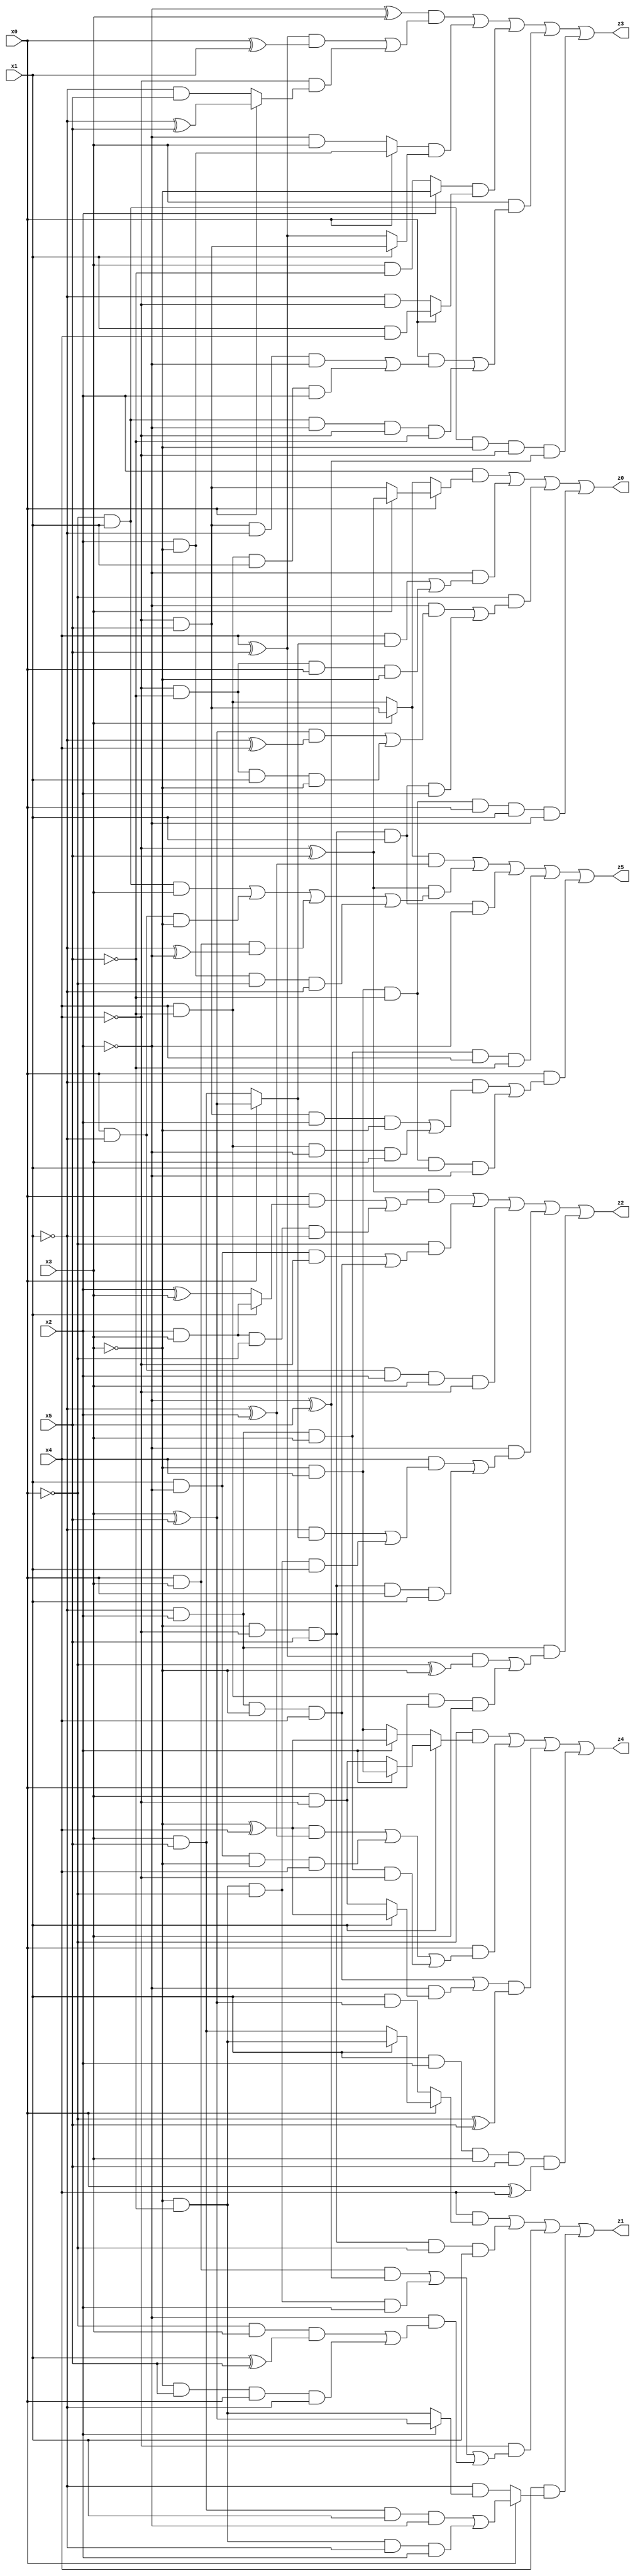
// Benchmark "X_7" written by ABC on Wed Jun 07 23:35:32 2023

module X_7 ( 
    x0, x1, x2, x3, x4, x5,
    z0, z1, z2, z3, z4, z5  );
  input  x0, x1, x2, x3, x4, x5;
  output z0, z1, z2, z3, z4, z5;
  assign z0 = (x2 & (x0 ? (x3 ? (~x4 ^ x5) : (~x4 & x5)) : (x3 ? (~x4 & x5) : (x4 & ~x5)))) | (~x2 & ((x4 & (x0 ? (x3 ^ x5) : (x3 & x5))) | (~x4 & ~x5 & x0 & ~x3))) | (~x0 & ((~x2 & (((x3 ^ x5) & (~x1 ^ x4)) | (~x4 & ~x5 & x1 & ~x3))) | (~x3 & ~x4 & x5 & x1 & x2))) | (~x3 & x4 & ~x5 & x0 & x1 & ~x2);
  assign z1 = (x4 & (x0 ? (x1 ? (~x3 & ~x5) : (x3 & x5)) : (x1 & (x3 ^ x5)))) | (~x3 & ~x4 & x5 & ~x0 & x1) | (~x4 & ((x0 & x3 & (~x2 ^ x5)) | (~x3 & ~x5 & ~x0 & x2) | (~x2 & ((~x0 & x3 & (x1 ^ x5)) | (~x3 & x5 & x0 & ~x1))))) | (x4 & (x0 ? ((x3 & x5 & x1 & ~x2) | (~x3 & ~x5 & ~x1 & x2)) : (~x1 & (x2 ? (x3 ^ x5) : (~x3 & ~x5)))));
  assign z2 = ((~x4 ^ x5) & ((x0 & (x1 ? (x2 & x3) : (x2 ^ x3))) | (x2 & x3 & ~x0 & ~x1))) | (~x0 & ((x1 & ~x2 & ~x4) | (~x1 & x2 & ~x3 & x4))) | (x0 & ~x1 & x2 & x3 & ~x4) | (~x2 & ((x4 & ((~x1 & (x0 ? (x3 ^ x5) : (x3 & x5))) | (~x3 & ~x5 & ~x0 & x1))) | (~x3 & ~x4 & x5 & x0 & x1))) | (~x1 & x2 & (((x4 ^ x5) & (~x0 ^ ~x3)) | (x4 & ~x5 & x0 & x3)));
  assign z3 = ((~x2 ^ x3) & (((x4 ^ x5) & (x0 ^ x1)) | (~x4 & (x0 ? (~x1 ^ x5) : (~x1 & x5))))) | ((x0 ? (x2 & ~x3) : (~x2 & x3)) & (x1 ? (~x4 & x5) : (x4 ^ x5))) | ((x2 ? ~x3 : (x3 & ~x5)) & (x0 ? (x1 & x4) : (~x1 & ~x4))) | (x3 & ((x0 & ((~x4 & x5 & ~x1 & ~x2) | (x4 & ~x5 & x1 & x2))) | (~x0 & x1 & ~x2 & ~x4 & ~x5))) | (~x0 & x1 & ~x3 & ~x4 & (~x2 ^ x5));
  assign z4 = (~x0 & (x1 ? (x2 ? (~x3 & x4) : (x3 & ~x4)) : (x2 ? (~x3 ^ x4) : (~x3 & x4)))) | (x0 & (((~x3 ^ x4) & (~x1 ^ x2)) | (x1 & ~x2 & ~x3 & x4) | (~x1 & x2 & x3 & ~x4))) | (((~x1 & x2 & ~x3 & x4) | (~x2 & (x1 ? (~x3 ^ x4) : (x3 & ~x4)))) & (~x0 ^ x5)) | (x1 & x2 & x3 & x5 & (x0 ^ x4));
  assign z5 = ((x3 ? (~x4 & x5) : (x4 & ~x5)) & (~x1 ^ x2)) | ((~x4 ^ x5) & ((~x0 & x1 & x3) | (x0 & ~x1 & ~x3) | (x0 & x3 & (~x1 ^ ~x2)) | (x2 & ~x3 & ~x0 & ~x1))) | (~x3 & ~x4 & x5 & x1 & ~x2) | (~x1 & x2 & x3 & x4 & ~x5) | (x0 & ((~x1 & ((~x4 & x5 & x2 & ~x3) | (x4 & ~x5 & ~x2 & x3))) | (~x3 & x4 & ~x5 & x1 & ~x2)));
endmodule